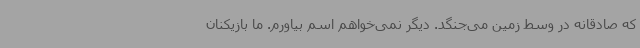
که صادقانه در وسط زمین می‌جنگد. دیگر نمی‌خواهم اسم بیاورم. ما بازیکنان